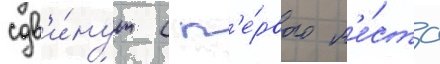
сдв'и́нут с п'е́рвого м'е́ста